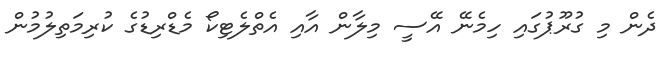
ދެން މި ގުރޫޕުގައި ހިމެނޭ އޭސީ މިލާން އާއި އެތްލެޓިކޯ މެޑްރިޑުގެ ކުރިމަތިލުމުން